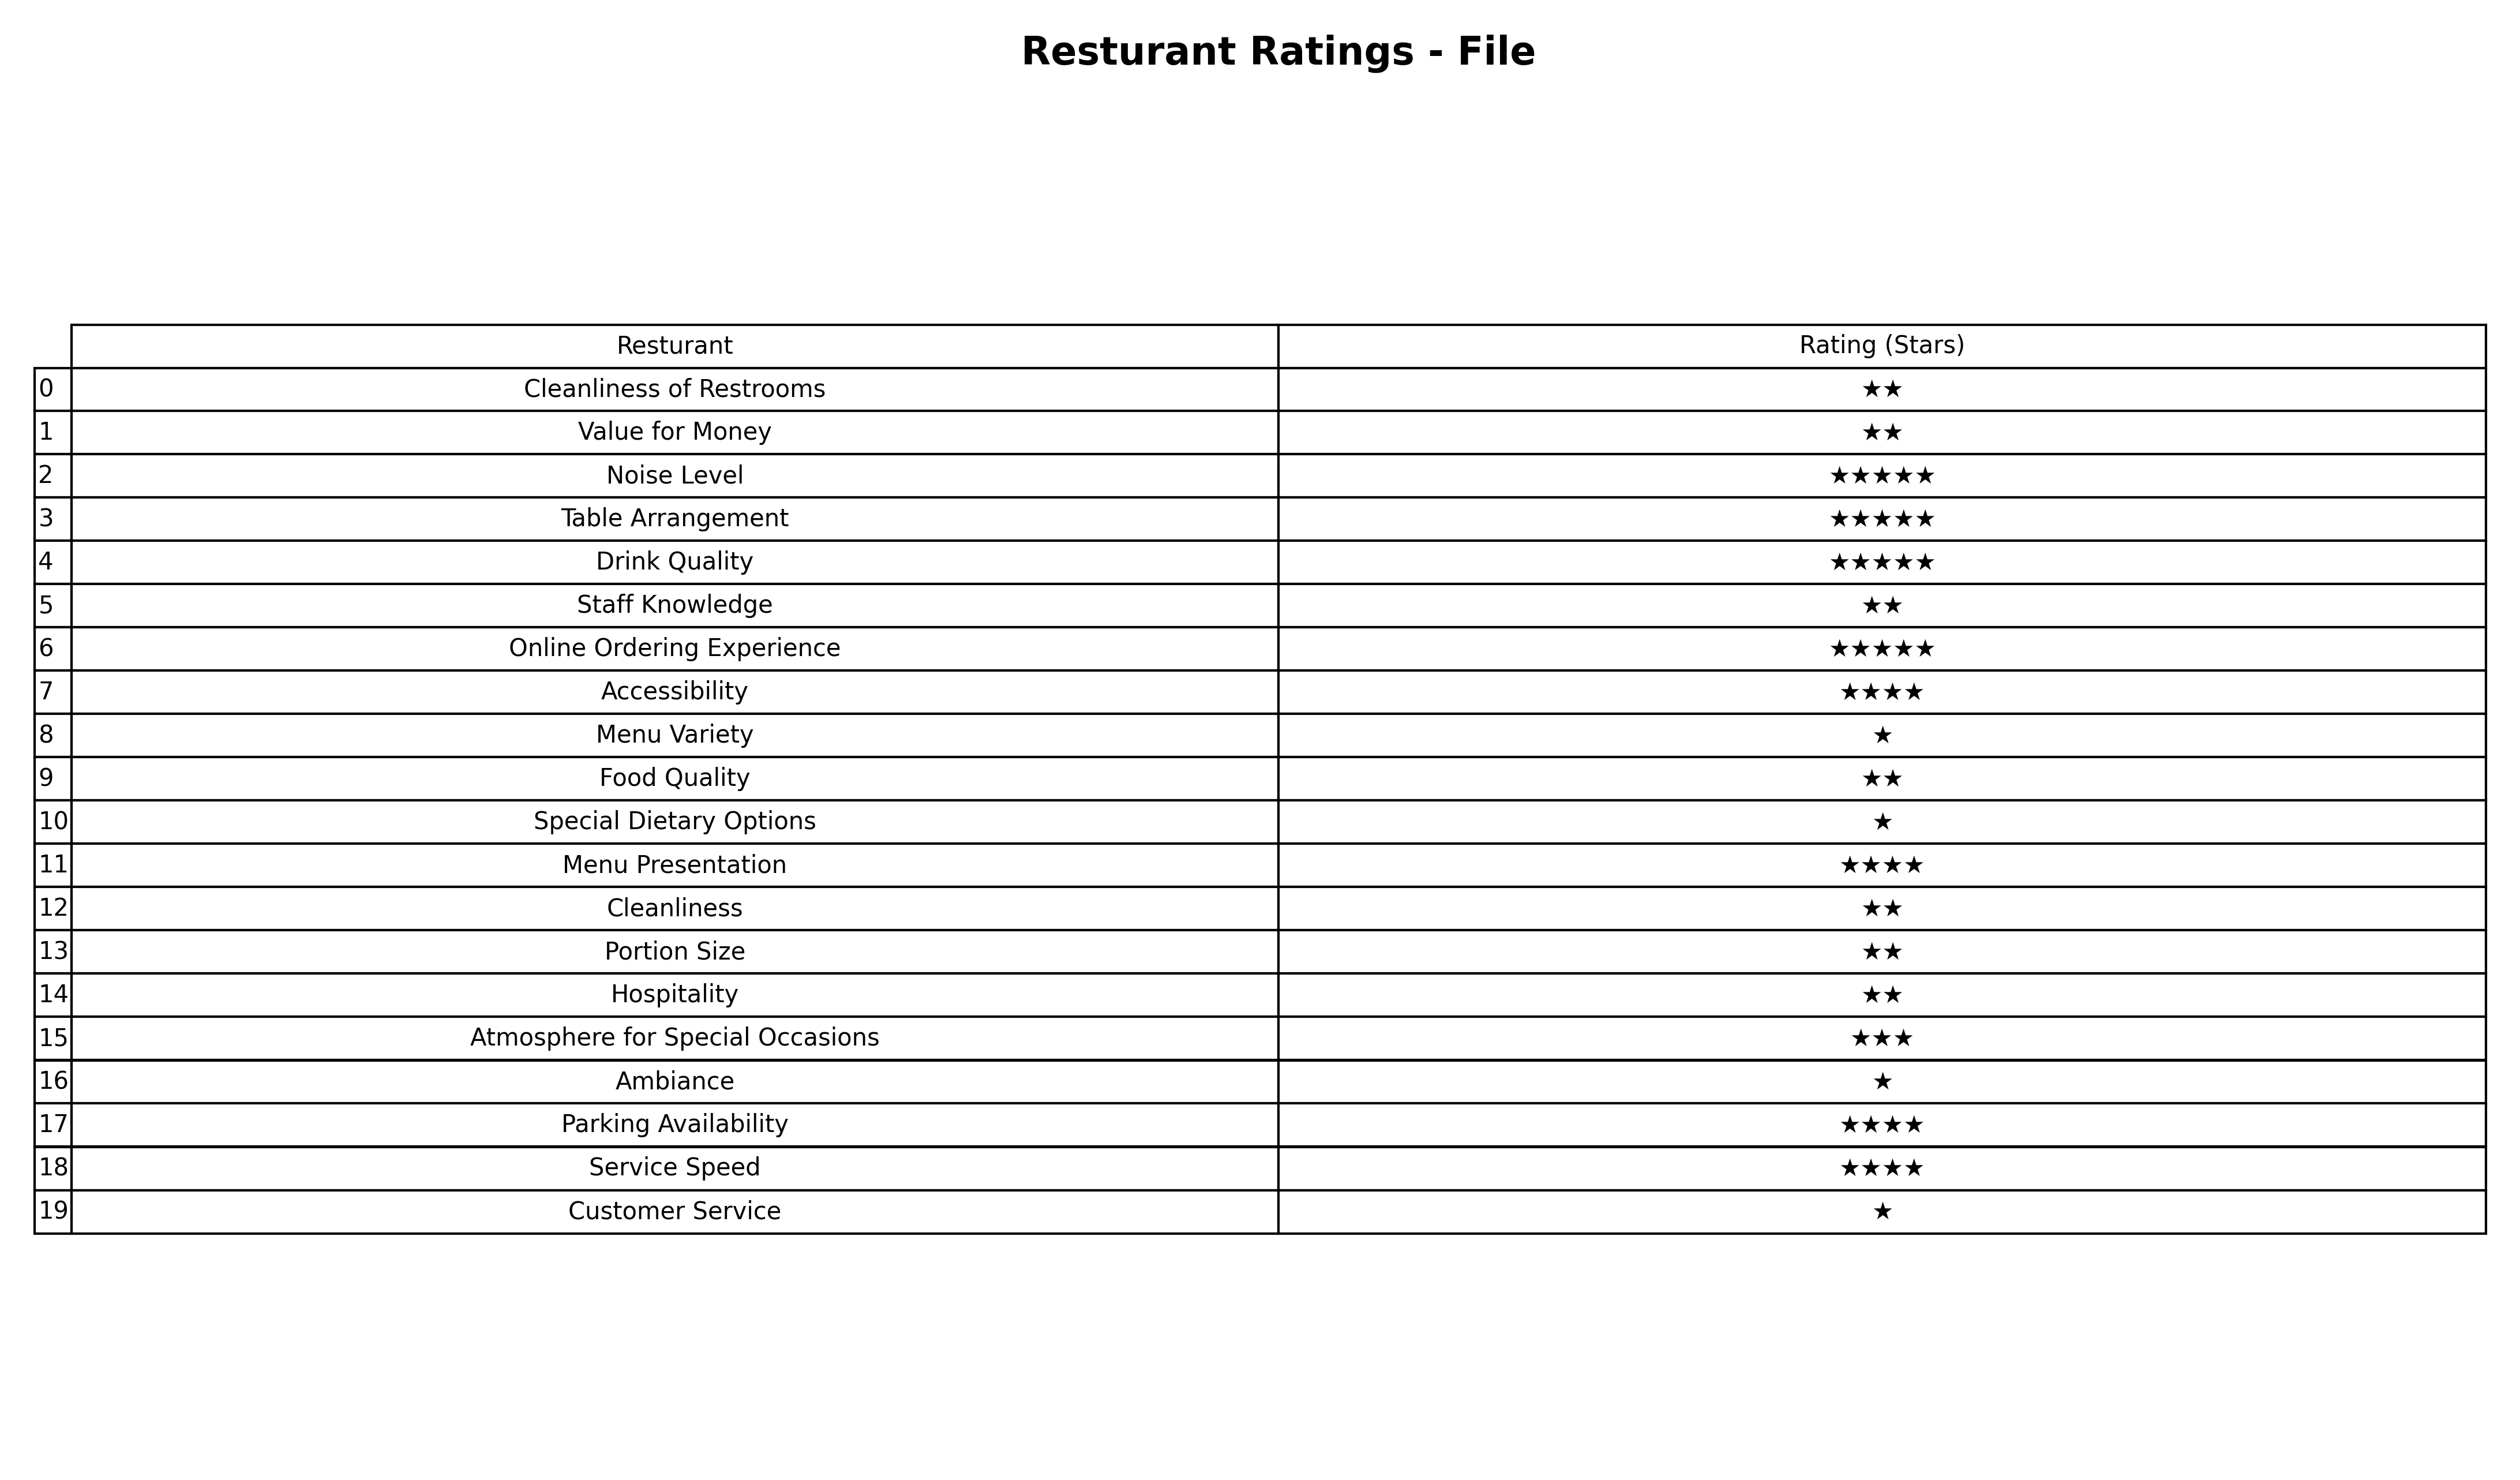
question: What is the rating of Online Ordering Experience?
answer: ★★★★★